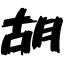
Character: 胡